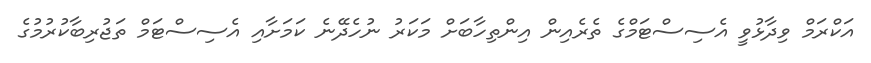
އަކްރަމް ވިދާޅުވީ އެސިސްޓަމްގެ ތެރެއިން އިންތިހާބަށް މަކަރު ނުހެދޭނެ ކަމަށާއި އެސިސްޓަމް ތަޖުރިބާކުރުމުގެ